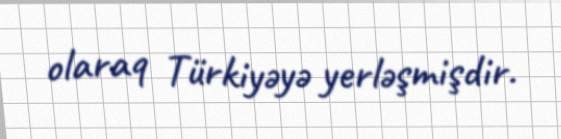
olaraq Türkiyəyə yerləşmişdir.